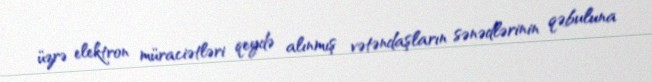
üzrə elektron müraciətləri qeydə alınmış vətəndaşların sənədlərinin qəbuluna